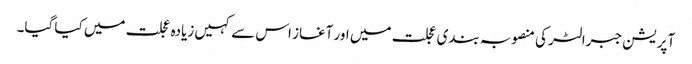
آپریشن جبرالٹر کی منصوبہ بندی عجلت میں اور آغاز اس سے کہیں زیادہ عجلت میں کیا گیا۔